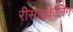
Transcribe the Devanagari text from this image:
रीसाइकलिंग